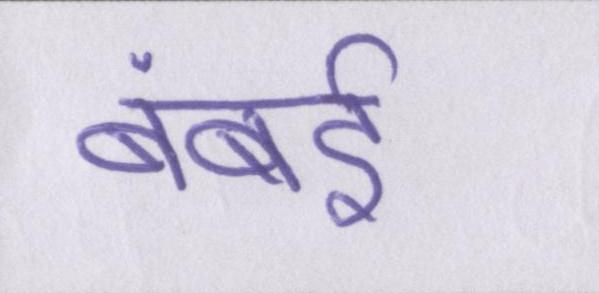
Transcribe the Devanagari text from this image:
बंबई